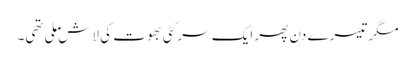
مگر تیسرے دن پھر ایک سرکٹی بھوت کی لاش ملی تھی۔